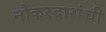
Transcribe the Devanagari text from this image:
नौकरदारांची